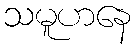
သမူဟနေ